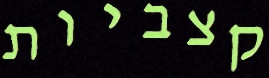
קצביות